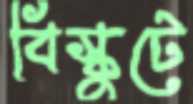
বিস্কুটে